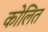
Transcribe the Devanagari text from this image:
कोलित